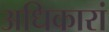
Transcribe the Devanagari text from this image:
अधिकारां